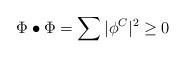
LaTeX: \begin{align*}\Phi \bullet \Phi = \sum |\phi^C|^2 \geq 0\end{align*}